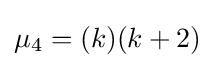
\mu _{4}=(k)(k+2)\